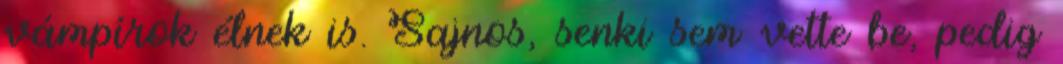
vámpírok élnek is. Sajnos, senki sem vette be, pedig